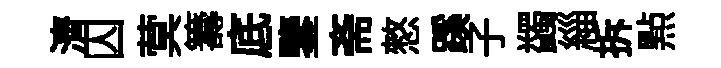
濟囚蓂籌底鑒斋憗蹊子蠲緇拆㸃